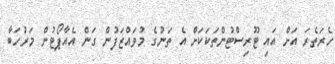
ހެރަތެރަ އަށް އައި ޓޫރިސްޓުންތަކަކަށް އެ ތަނުގެ މުވައްޒަފުން ގަން އެއާޕޯޓުން މަރުހަބާ